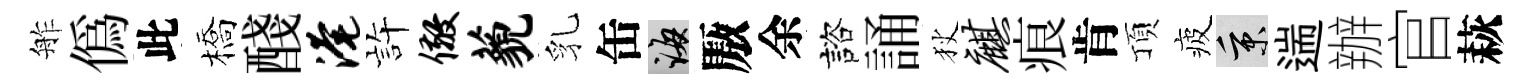
舴偽此橋醆淹静儆藐乳缶誨厫余諮誦狄麒痕肯頂疲秉遄辦官萩